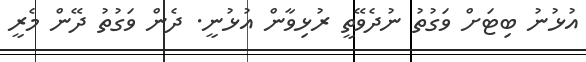
އުޅުނު ބިޓަށް ވަގުތު ނުދެވޭތީ ރުޅިވާން އުޅުނީ. ދެން ވަގުތު ދޭން މެރީ